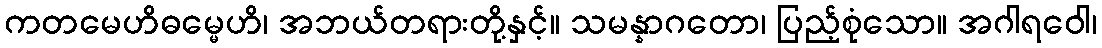
ကတမေဟိဓမ္မေဟိ၊ အဘယ်တရားတို့နှင့်။ သမန္နာဂတော၊ ပြည့်စုံသော။ အဂါရဝေါ၊